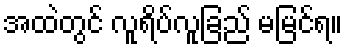
အထဲတွင် လူရိပ်လူခြည် မမြင်ရ။